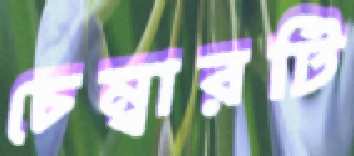
চেম্বারটি